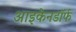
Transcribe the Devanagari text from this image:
आइकेनडॉर्फ